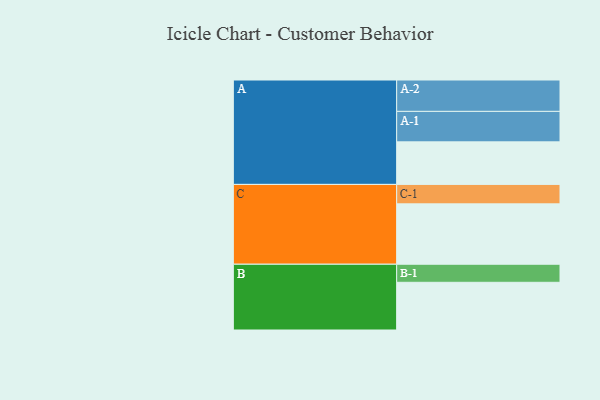
{"axis": {"x": "Segment", "y": "Value"}, "legend": ["", "A", "B", "C"], "data": [{"x": "A", "y": 339, "type": ""}, {"x": "B", "y": 380, "type": ""}, {"x": "C", "y": 481, "type": ""}, {"x": "A-1", "y": 243, "type": "A"}, {"x": "A-2", "y": 250, "type": "A"}, {"x": "B-1", "y": 144, "type": "B"}, {"x": "C-1", "y": 155, "type": "C"}]}